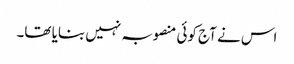
اس نے آج کوئی منصوبہ نہیں بنایا تھا۔